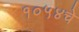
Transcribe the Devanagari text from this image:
१०५४चे